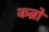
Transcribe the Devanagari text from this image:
कब्रो